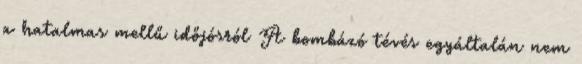
a hatalmas mellű időjósról A bom­bázó tévés egy­ál­ta­lán nem